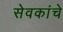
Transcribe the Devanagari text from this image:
सेवकांचे